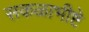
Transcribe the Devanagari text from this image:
सकळाभीष्टे